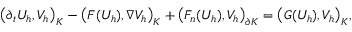
\big ( \partial _ { t } U _ { h } , V _ { h } \big ) _ { K } - \big ( F ( U _ { h } ) , \nabla V _ { h } \big ) _ { K } + \big ( F _ { n } ( U _ { h } ) , V _ { h } \big ) _ { \partial K } = \big ( G ( U _ { h } ) , V _ { h } \big ) _ { K } ,